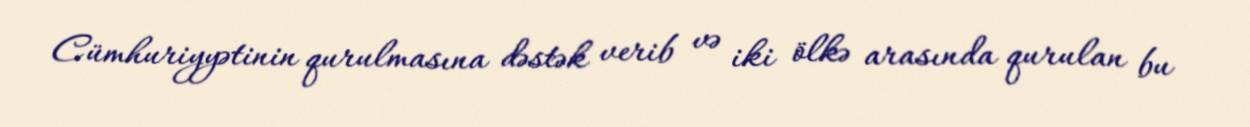
Cümhuriyyətinin qurulmasına dəstək verib və iki ölkə arasında qurulan bu